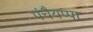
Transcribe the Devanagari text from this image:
पंचैयप्पा